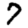
Digit: 7